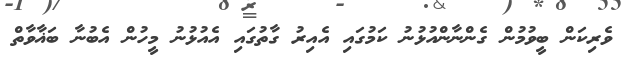
ވެރިކަން ބީވުމުން ގެންނާންއުޅުނު ކަމުގައި އެއިރު ގާތުގައި އެއުޅުނު މީހުން އެބުނާ ބަޣާވާތް